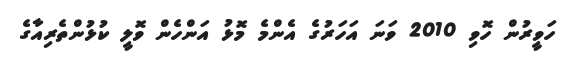
ހަވީރުން ހޮވި 2010 ވަނަ އަހަރުގެ އެންމެ މޮޅު އަންހެން ވޮލީ ކުޅުންތެރިއާގެ